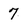
Character: 7